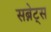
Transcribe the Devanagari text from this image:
सब्नेट्स